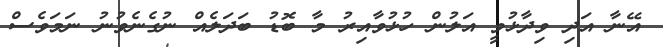
އޭނާ އަދި ވިދާޅުވީ އަލުން ހުޅުވާއިރު މާ ބޮޑު ބަދަލެއް ނުގެނެވުނު ނަމަވެސް